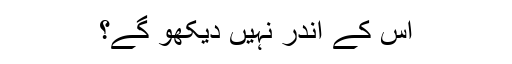
اس کے اندر نہیں دیکھو گے؟